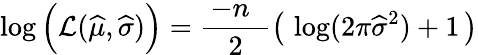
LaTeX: \log{\Big(}{\mathcal{L}}({\widehat{\mu}},{\widehat{\sigma}}){\Big)}={\frac{\, -n\; \; }{2}}{\big(}\, \log(2\pi{\widehat{\sigma}}^{2})+1\, {\big)}